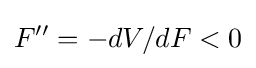
F''=-dV/dF<0